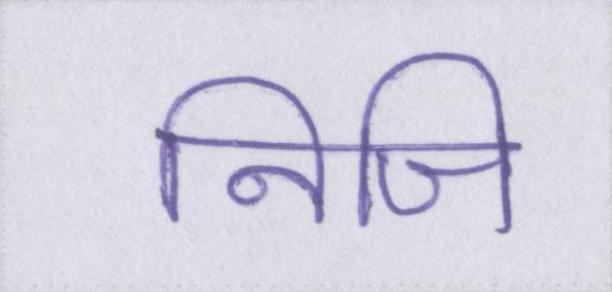
निजि